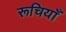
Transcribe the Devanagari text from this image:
रूचियाँ